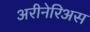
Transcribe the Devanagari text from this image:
अरीनेरिअस